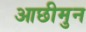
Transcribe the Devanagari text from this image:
आछीमुन